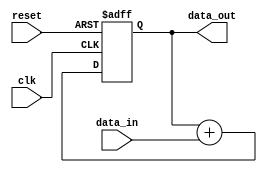
module parallel_accumulator (
    input wire clk,
    input wire reset,
    input wire [7:0] data_in,
    output reg [15:0] data_out
);

reg [15:0] accumulator;

always @(posedge clk or posedge reset) begin
    if (reset) begin
        accumulator <= 16'b0;
    end else begin
        accumulator <= accumulator + {8'b0, data_in}; // parallel addition
    end
end

assign data_out = accumulator;

endmodule